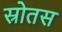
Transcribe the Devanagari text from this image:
स्रोतस